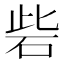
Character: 砦